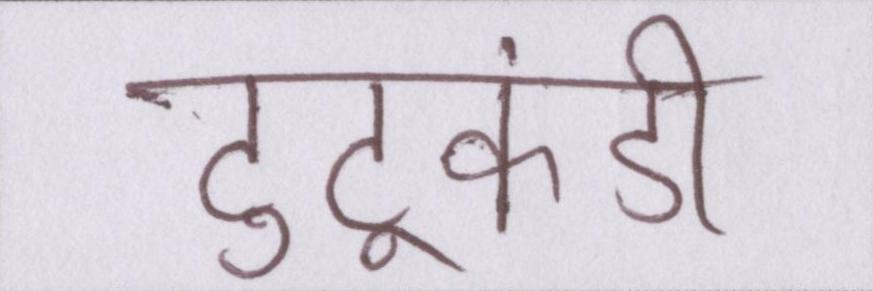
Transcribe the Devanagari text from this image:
टुटूकंडी